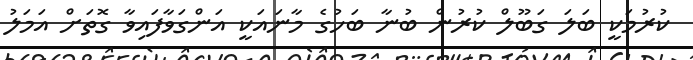
ކުރުމަކީ ބަލަ ގަބޫލް ކުރުން ބުނާ ބަހުގެ މާނައަކީ އަންގަވާފައިވާ ގޮތަށް އަމަލު